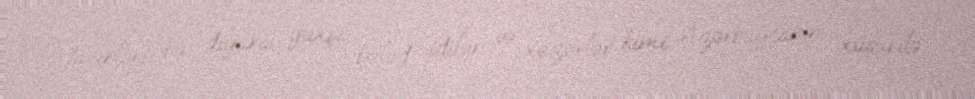
tacirləri bu diyara yaxşı bələd idilər və xəzərlər kimi Azərbaycanın, xüsusilə